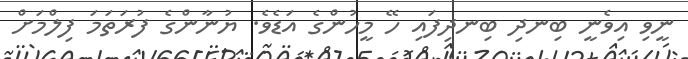
ނީވި އިވެނީ ބިނދި ބިނދިފައި ހޭ މީހުންގެ އަޑެވެ. ޔުނާންގެ ފުރަތަމަ ފިލްމަށް